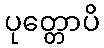
ပုတ္တောပိ